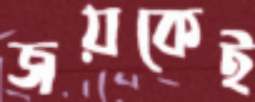
জয়কেই